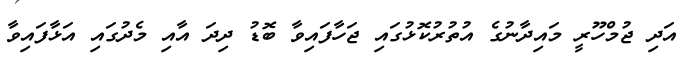
އަދި ޖުމްހޫރީ މައިދާނުގެ އުތުރުކޮޅުގައި ޖަހާފައިވާ ބޮޑު ދިދަ އާއި މެދުގައި އަޅާފައިވާ